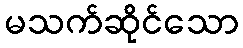
မသက်ဆိုင်သော